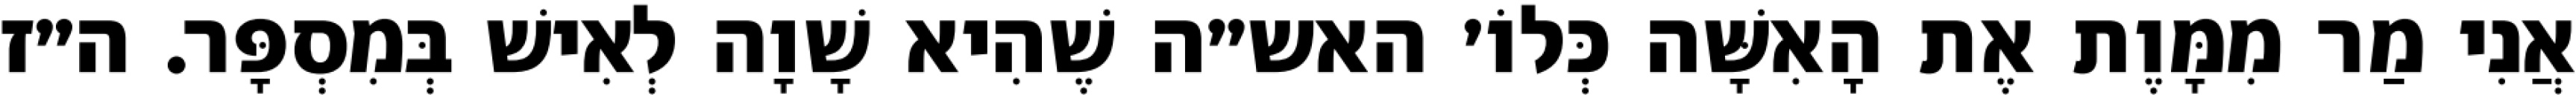
אֲנִי מַר מִמָּוֶת אֶת הָאִשָּׁה כְּלוֹ׳ האש״ה שֶׁהִיא שָׁוָה לְאִישׁ בְּמִסְפָּר. ה״ז